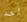
أحد